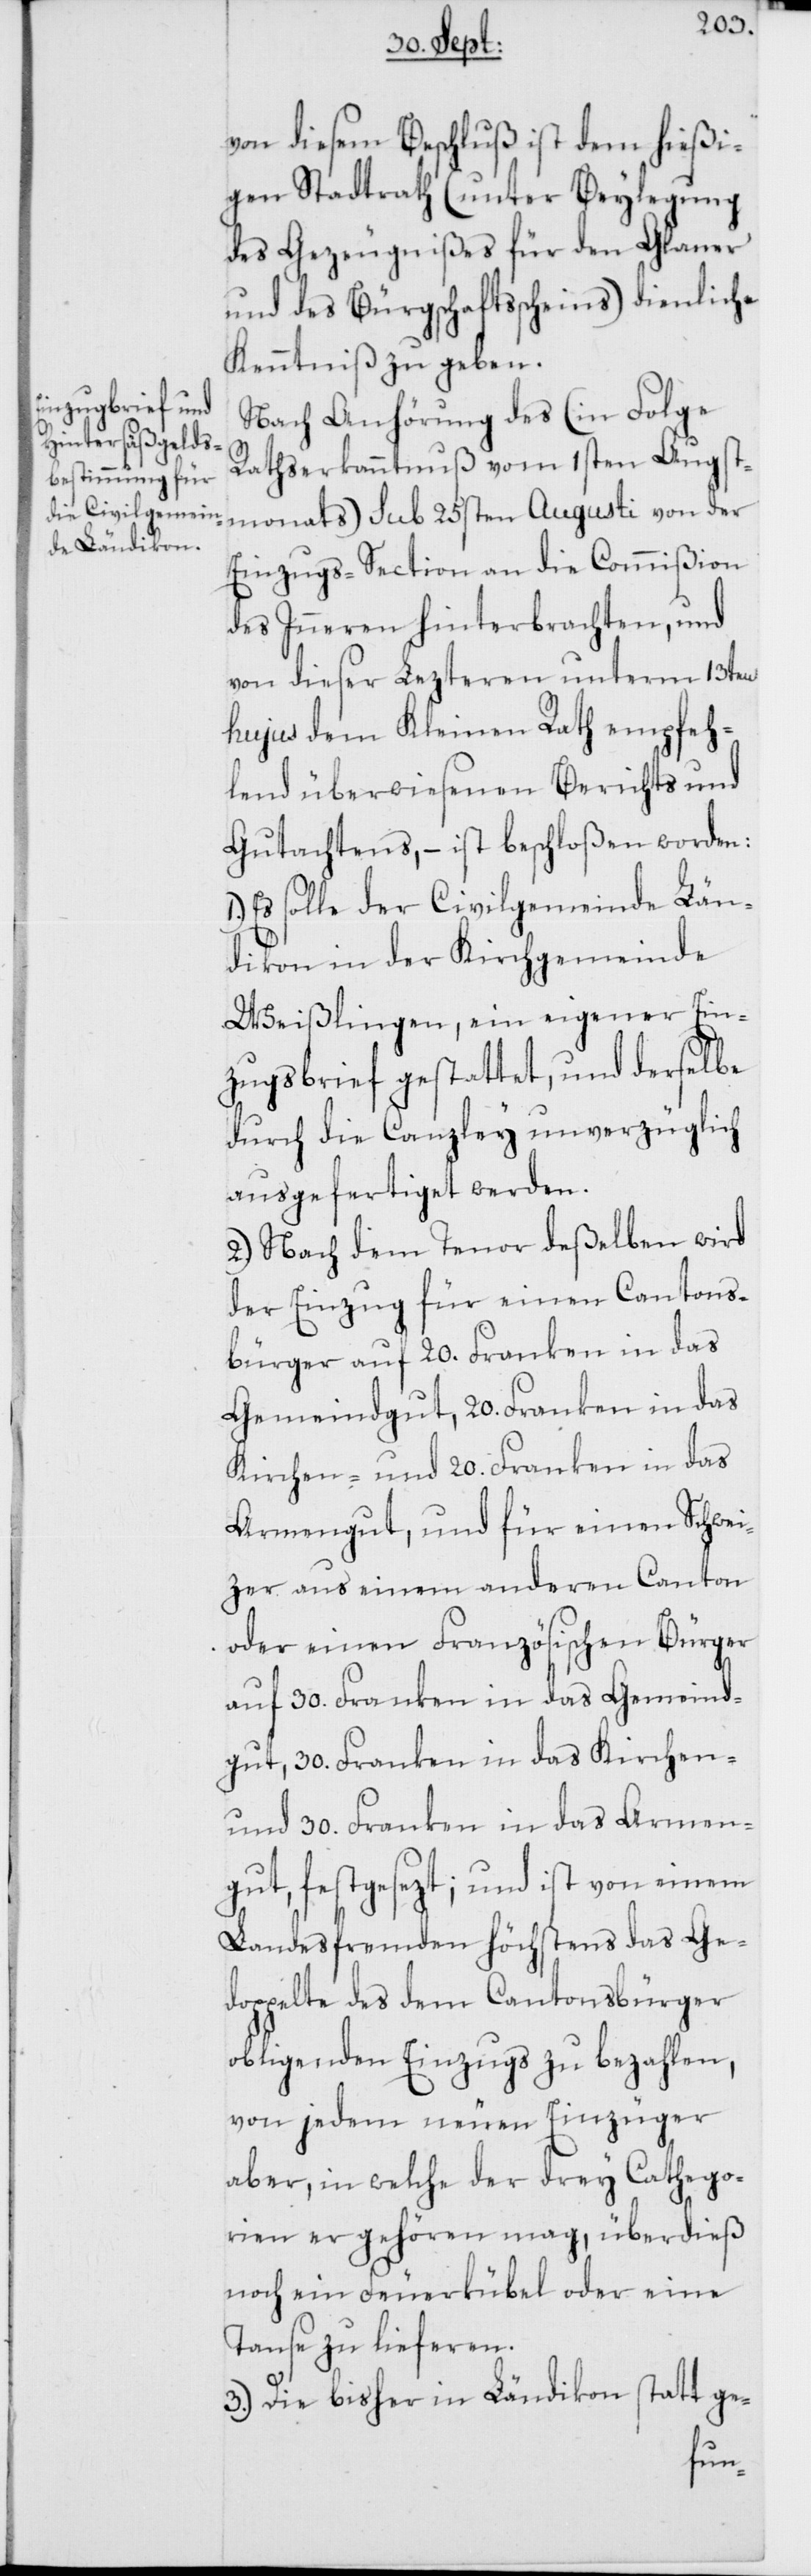
von diesem Beschluß ist dem hießi¬
gen Stadtrath (unter Beylegung
des Gezeugnißes für den Glaner
und des Bürgschaftsscheins) dienliche
Kenntniß zu geben.
Nach Anhörung des (in Folge
Rathserkanntnuß vom 1sten Augst¬
monats) sub 25sten Augusti von der
Einzugs-Section an die Commißion
des Inneren hinterbrachten, und
von dieser Lezteren unterm 13ten
hujus dem Kleinen Rath empfeh¬
lend überwiesenen Berichts und
Gutachtens, – ist beschloßen worden:
Es solle der Civilgemeinde Län¬
dikon in der Kirchgemeinde
Weißlingen, ein eigener Ein¬
zugsbrief gestattet, und derselbe
durch die Canzley unverzüglich
ausgefertiget werden.
2.) Nach dem Tenor deßelben wird
der Einzug für einen Cantons¬
bürger auf 20. Franken in das
Gemeindgut, 20. Franken in das
Kirchen- und 20. Franken in das
Armengut, und für einen Schwei¬
zer aus einem anderen Canton
oder einen Französischen Bürger
auf 30. Franken in das Gemeind¬
gut, 30. Franken in das Kirchen-
und 30. Franken in das Armen¬
gut, festgesezt; und ist von einem
Landesfremden höchstens das Ge¬
doppelte des dem Cantonsbürger
obligenden Einzugs zu bezahlen,
von jedem neuen Einzüger
aber, in welche der drey Cathego¬
rien er gehören mag, überdieß
noch ein Feuerkübel oder eine
Tanse zu lieferen.
3.) Die bisher in Ländikon statt ge-